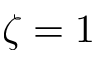
\zeta = 1